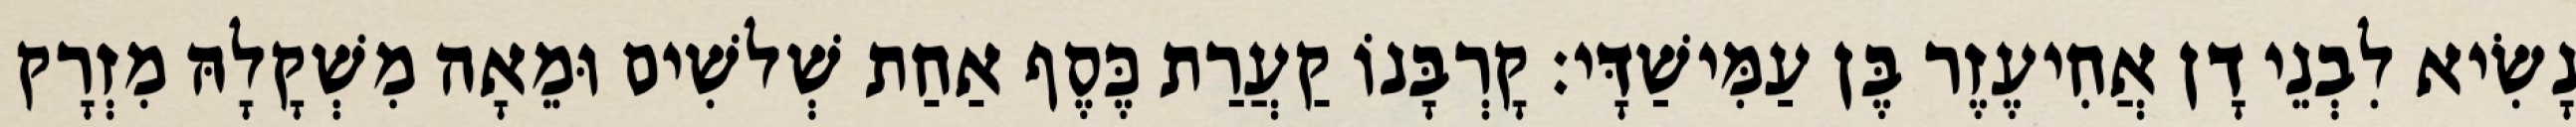
נָשִׂיא לִבְנֵי דָן אֲחִיעֶזֶר בֶּן עַמִּישַׁדָּי׃ קָרְבָּנוֹ קַעֲרַת כֶּסֶף אַחַת שְׁלשִׁים וּמֵאָה מִשְׁקָלָהּ מִזְרָק